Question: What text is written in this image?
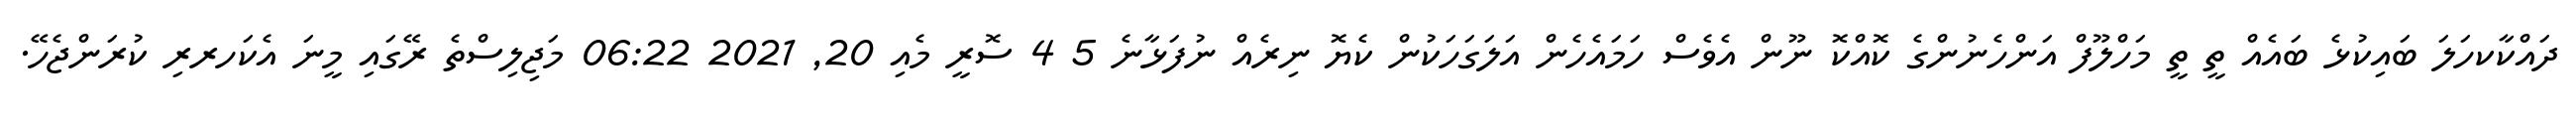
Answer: ދައްކާކހަލަ ބައިކުޅެ ބައެއް ތީ ތީ މަހްލޫފް އަންހެނުންގެ ކޮއްކޮ ނޫން އެވެސް ހަމައެހެން އަލަގަހަކުން ކެޔޮ ނިރެއް ނުފަޅާނެ 5 4 ސޮރީ މެއި 20, 2021 06:22 މަޖިލިސްތެ ރޭގައި މީނަ އެކަހރރި ކުރަންޖެހޭ.